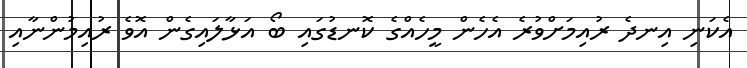
އެކަނި އިނދެ ރުއިމަށްވުރެ އެހެން މީހެއްގެ ކޮނޑުގައި ބޯ އަޅާލައިގެން އޮވެ ރުއިމުންނާއި